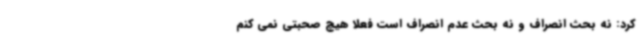
کرد: نه بحث انصراف و نه بحث عدم انصراف است فعلا هیچ صحبتی نمی کنم